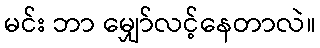
မင်း ဘာ မျှော်လင့်နေတာလဲ။